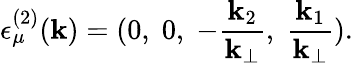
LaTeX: {\epsilon}_{\mu}^{(2)}(\mathbf{k})=(0,\; 0,\; -\frac{{\mathbf{k}_{2}}}{{\mathbf{k}_{\bot}}},\; \frac{{\mathbf{k}_{1}}}{{\mathbf{k}_{\bot}}}).